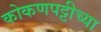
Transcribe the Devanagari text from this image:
कोकणपट्टीच्या